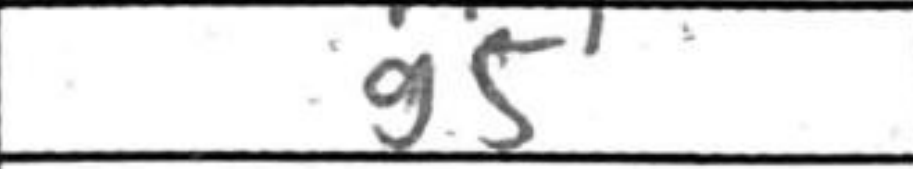
Transcription: g5